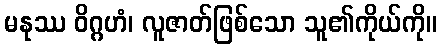
မနုဿ ဝိဂ္ဂဟံ၊ လူဇာတ်ဖြစ်သော သူ၏ကိုယ်ကို။